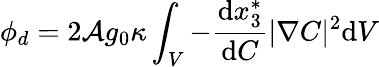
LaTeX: \phi_{d}=2\mathcal{A}g_{0}\kappa\int_{V}-\frac{\mathrm{d}x_{3}^{*}}{\mathrm{d}C}|\nabla C|^{2}\mathrm{d}V